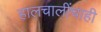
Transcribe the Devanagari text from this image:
हालचालींचाही